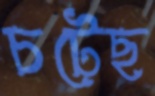
চটেছ